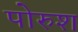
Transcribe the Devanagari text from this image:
पोरुश